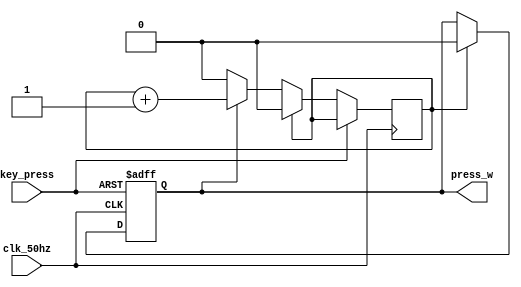
module debounce(press_w,clk_50hz,key_press);
input key_press;
output press_w;
input clk_50hz;
reg new_press;

reg counter;
always @( posedge clk_50hz or posedge key_press)
begin
	if(key_press=='d1)
	begin
		new_press ='d1;
	end
	
	else if(clk_50hz=='d1)
	begin
		if(counter == 'd1)
		begin
			counter ='d0;
			new_press = 'd0;
		end
		else if(new_press==1)
		begin
			counter = counter + 1;
		end	
	end
	
end
assign press_w = new_press;
endmodule